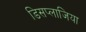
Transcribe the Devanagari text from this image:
डिसप्लाजिया